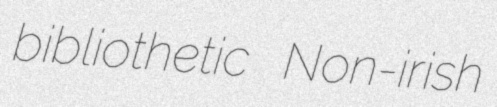
bibliothetic Non-irish